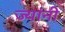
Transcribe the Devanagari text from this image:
ज्‍यांनी